Lunatic asylums Central Provinces reports 1886-1894 - 1886-1894
Year: 1886
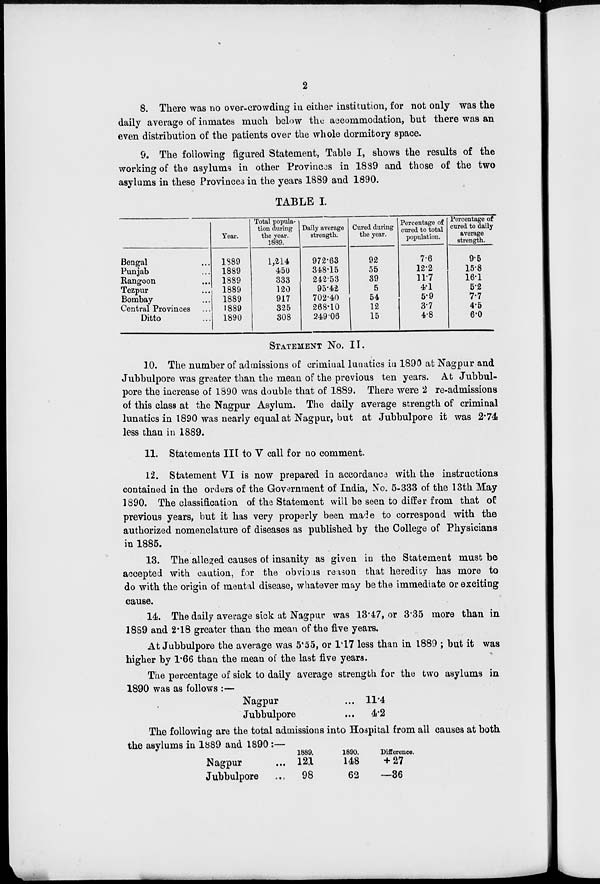
2
8. There was no over-crowding in either institution, for not only was the
daily average of inmates much below the accommodation, but there was an
even distribution of the patients over the whole dormitory space.
9. The following figured Statement, Table I, shows the results of the
working of the asylums in other Provinces in 1889 and those of the two
asylums in these Provinces in the years 1889 and 1890.
TABLE I.
Bengal ...
Punjab ...
Rangoon ...
Tezpur ...
Bombay ...
Central Provinces ...
Ditto ...
Year.
1889
1889
1889
1889
1889
1889
1890
Total popula-
tion during
the year.
1889.
1,214
450
333
120
917
325
308
Daily average
strength.
972.63
348.15
242.53
95.42
702.40
268.10
249.06
Cured during
the year.
92
55
39
5
54
12
15
Percentage of
cured to total
population.
7.6
12.2
117
4.1
5.9
3.7
4.8
Percentage of
cured to daily
average
strength.
9.5
15.8
16.1
5.2
7.7
4.5
6.0
STATEMENT NO. II.
10. The number of admissions of criminal lunatics in 1890 at Nagpur and
Jubbulpore was greater than the mean of the previous ten years. At Jubbul-
pore the increase of 1890 was double that of 1889. There were 2 re-admissions
of this class at the Nagpur Asylum. The daily average strength of criminal
lunatics in 1890 was nearly equal at Nagpur, but at Jubbulpore it was 2.74
less than in 1889.
11. Statements III to V call for no comment.
12. Statement VI is now prepared in accordance with the instructions
contained in the orders of the Government of India, No. 5-333 of the 13th May
1890. The classification of the Statement will be seen to differ from that of
previous years, but it has very properly been made to correspond with the
authorized nomenclature of diseases as published by the College of Physicians
in 1885.
13. The alleged causes of insanity as given in the Statement must be
accepted with caution, for the obvious reason that heredity has more to
do with the origin of mental disease, whatever may be the immediate or exciting
cause.
14. The daily average sick at Nagpur was 13.47, or 3.35 more than in
1889 and 2.18 greater than the mean of the five years.
At Jubbulpore the average was 5.55, or 1.17 less than in 1889 ; but it was
higher by 1.66 than the mean of the last five years.
The percentage of sick to daily average strength for the two asylums in
1890 was as follows :—
Nagpur ...
Jubbulpore ...
11.4
4.2
The following are the total admissions into Hospital from all causes at both
the asylums in 1889 and 1890 :—
Nagpur ...
Jubbulpore ...
1889.
121
98
1890.
148
62
Difference.
+ 27
—36